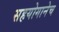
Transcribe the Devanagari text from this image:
सहयोगानेच